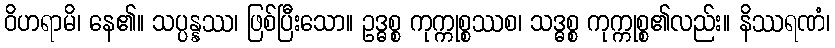
ဝိဟရာမိ၊ နေ၏။ သပ္ပန္နဿ၊ ဖြစ်ပြီးသော။ ဥဒ္ဓစ္စ ကုက္ကုစ္စဿစ၊ သဒ္ဓစ္စ ကုက္ကုစ္စ၏လည်း။ နိဿရဏံ၊